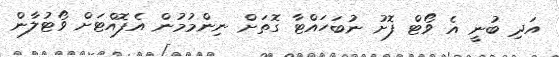
އަދި ބުނީ އެ ވޯޓް ފޮށު ނުބަހައްޓާ ގޮތަށް ނިންމުމުން އެފޮއްޓަށް ވޯޓުލާން